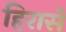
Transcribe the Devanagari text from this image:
हिरासे